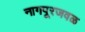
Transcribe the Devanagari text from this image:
नागपूरजवळ